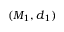
( M _ { 1 } , d _ { 1 } )